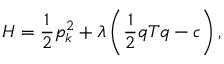
{ \cal { H } } = \frac 1 2 p _ { k } ^ { 2 } + \lambda \left( \frac 1 2 q T q - c \right) ,